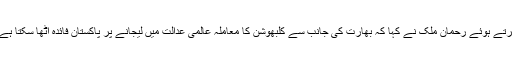
لاہور میں پیپلز پارٹی رہنما فائزہ ملک کے گھر آمد پرمیڈیا سے گفتگو کرتے ہوئے رحمان ملک نے کہا کہ بھارت کی جانب سے کلبھوشن کا معاملہ عالمی عدالت میں لیجانے پر پاکستان فائدہ اٹھا سکتا ہے لیکن آئی سی جی کا فیصلہ پاکستان کا مقدمہ لڑنے والوں کی ناکامی ہے۔